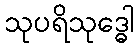
သုပရိသုဒ္ဓေါ